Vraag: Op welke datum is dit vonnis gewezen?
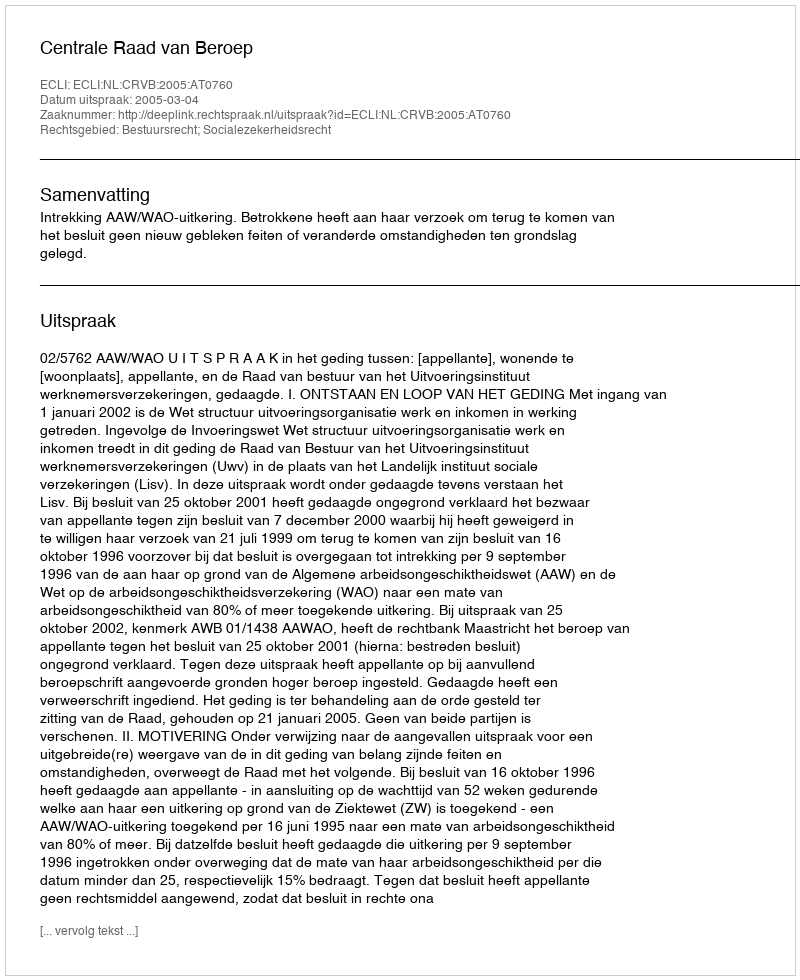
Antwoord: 2005-03-04